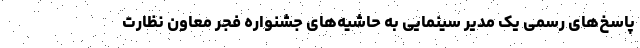
پاسخ‌های رسمی یک مدیر سینمایی به حاشیه‌های جشنواره فجر معاون نظارت